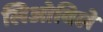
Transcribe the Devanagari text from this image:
लिओविले